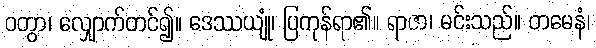
ဝတွာ၊ လျှောက်တင်၍။ ဒေဿယျုံ၊ ပြကုန်ရာ၏။ ရာဇာ၊ မင်းသည်။ တမေနံ၊